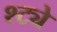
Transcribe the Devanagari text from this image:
श्ट्ये